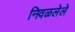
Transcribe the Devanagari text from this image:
निवळलेले